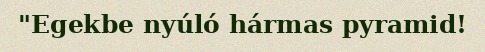
"Egekbe nyúló hármas pyramid!